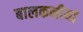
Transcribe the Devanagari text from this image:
बालकनीयां